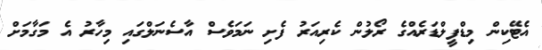
އެޓޭކިން މިޑްފީލްޑަރެއްގެ ރޯލުން ކެރިއަރު ފެށި ނަމަވެސް އާސެނަލްގައި މިހާރު އެ މަގާމަށް